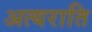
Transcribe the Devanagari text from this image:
अत्यराति